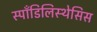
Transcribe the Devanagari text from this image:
स्पाँडिलिस्थेसिस